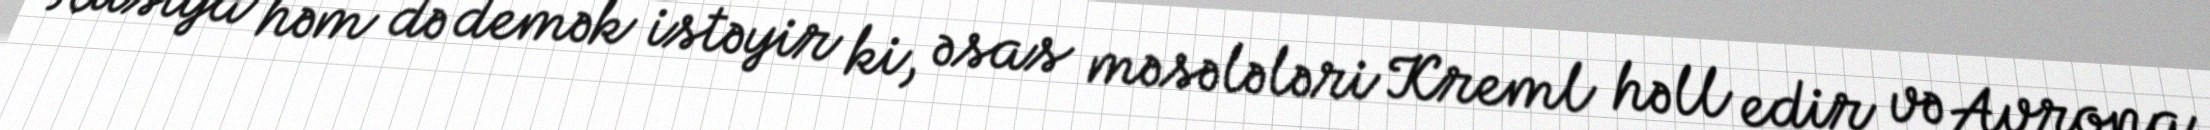
Rusiya həm də demək istəyir ki, əsas məsələləri Kreml həll edir və Avropa